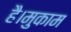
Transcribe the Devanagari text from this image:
है।मुकाम